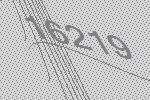
16219